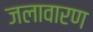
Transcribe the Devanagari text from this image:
जलावारण